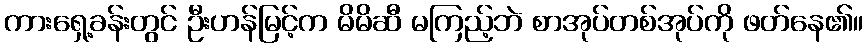
ကားရှေ့ခန်းတွင် ဦးဟန်မြင့်က မိမိဆီ မကြည့်ဘဲ စာအုပ်တစ်အုပ်ကို ဖတ်နေ၏။